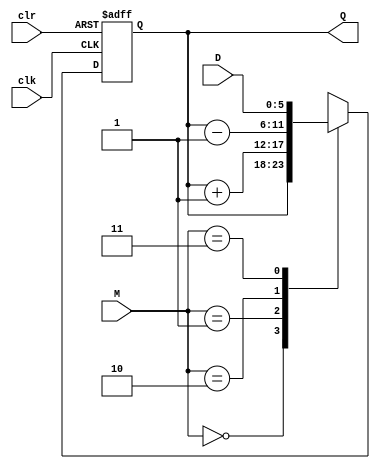
//=================================================
//=================COUNTER=========================
//=================================================
module ud_counter (output reg [5:0]Q, input [5:0]D, input [1:0]M, input clr, clk);
    //solo hace algo a comando del clr y el reloj
    always @ (posedge clk, negedge clr)
        if(!clr) Q <= 6'b000000;
        else
            case (M)
                2'b00 : Q <= Q;     //hold
                2'b01 : Q <= Q + 1; //incrementar
                2'b10 : Q <= Q - 1; //disminuir
                2'b11 : Q <= D;     //parallel load
            endcase
endmodule
//=================================================
//=================SHIFTER=========================
//=================================================
module shifftreg (output reg [31:0]Q, input [31:0]D, input [1:0]M, input clr, clk);
    always @ (posedge clk, negedge clr)
        if (!clr) Q <= 32'h00000000;
        else
            case (M)
                2'b00 : Q <= Q;      //hold
                2'b01 : Q <= Q << 1; //shift left
                2'b10 : Q <= Q >> 1; //shift right
                2'b11 : Q <= D;      //parallel load
            endcase
endmodule
//=================================================
//=================DATA REG========================
//=================================================
module datareg;
endmodule